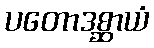
ပတောဒစ္ဆာယံ